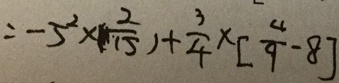
= - 5 ^ { 2 } \times ( \frac { 2 } { 1 5 } ) + \frac { 3 } { 4 } \times [ \frac { 4 } { 9 } - 8 ]